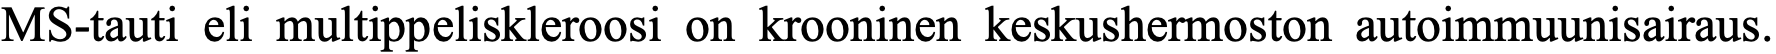
MS-tauti eli multippeliskleroosi on krooninen keskushermoston autoimmuunisairaus.